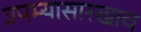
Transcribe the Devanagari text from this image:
उपम्यासारखाच